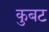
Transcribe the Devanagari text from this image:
कुबट